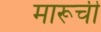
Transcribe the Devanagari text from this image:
मारूची